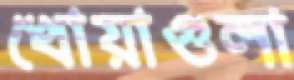
খোয়াগুলা